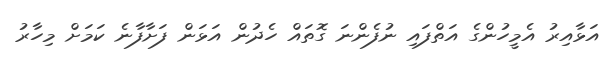
އަޅާއިރު އެމީހުންގެ އަތްފައި ނުފެންނަ ގޮތައް ހެދުން އަޅަން ފަށާފާނެ ކަމަށް މިހާރު